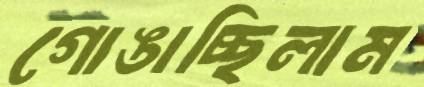
গোঙাচ্ছিলাম